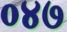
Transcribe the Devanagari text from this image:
०४७